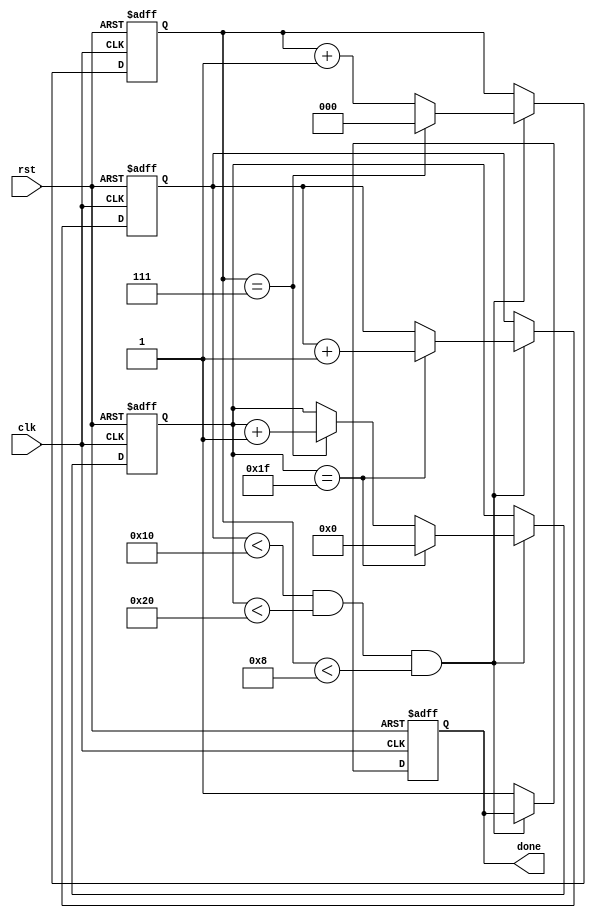
module behavioral_loop (
  input  wire clk,
  input  wire rst,
  output reg  done
);

reg [3:0] iterator1;
reg [4:0] iterator2;
reg [2:0] iterator3;

always @(posedge clk or posedge rst)
begin
  if (rst) begin
    iterator1 <= 0;
    iterator2 <= 0;
    iterator3 <= 0;
    done <= 0;
  end
  else begin
    if (iterator1 < 16 && iterator2 < 32 && iterator3 < 8) begin
      // Operations to be performed within the loop body
      
      iterator3 <= iterator3 + 1;
      if (iterator3 == 7) begin
        iterator3 <= 0;
        iterator2 <= iterator2 + 1;
      end
      
      if (iterator2 == 31) begin
        iterator2 <= 0;
        iterator1 <= iterator1 + 1;
      end
    end
    else begin
      done <= 1;
    end
  end
end

endmodule